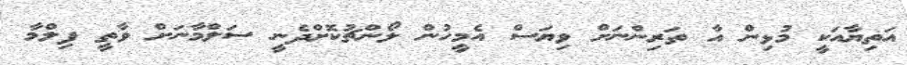
އަތިޔާއަކީ މުޅިން އާ ތަރިންނަށް ވިޔަސް އެމީހުން ލޯންޗުކޮށްދެނީ ސަލްމާނަށް ވާތީ ފިލްމާ